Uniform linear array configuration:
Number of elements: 4
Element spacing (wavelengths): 0.5
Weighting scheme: binomial
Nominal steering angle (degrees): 60
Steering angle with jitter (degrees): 60.867
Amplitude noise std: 0.05
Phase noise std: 0.05

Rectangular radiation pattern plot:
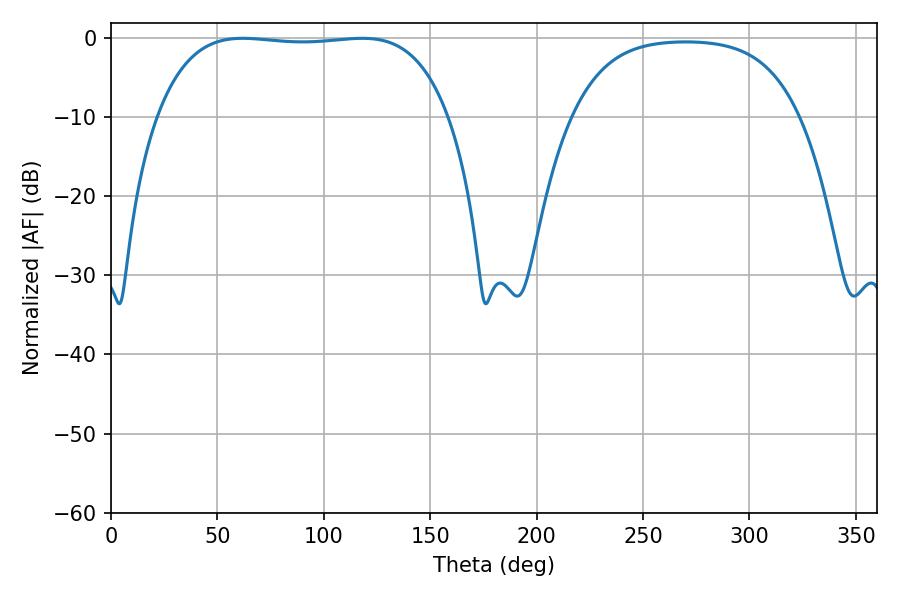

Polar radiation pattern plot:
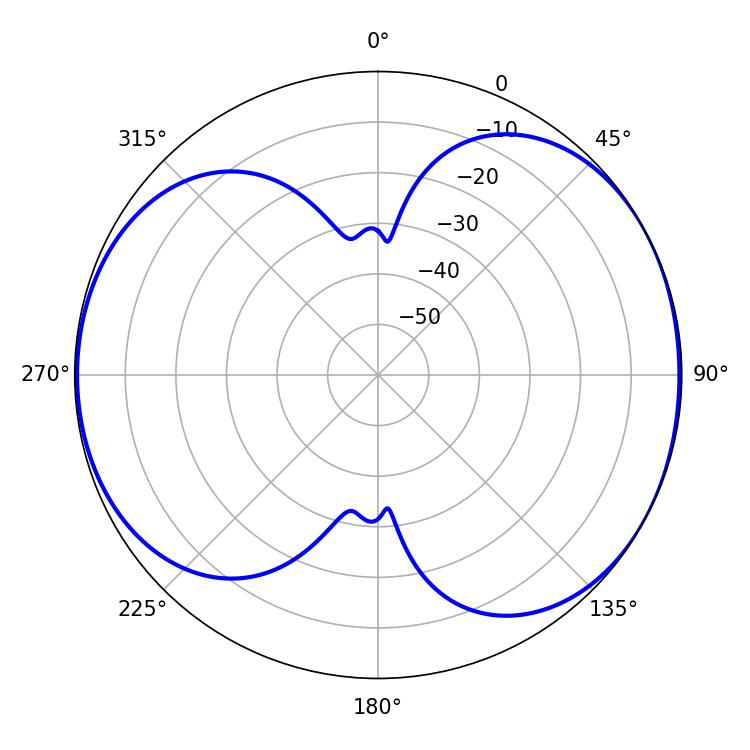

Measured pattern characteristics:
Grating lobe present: FALSE
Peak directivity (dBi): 6.026
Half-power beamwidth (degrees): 108
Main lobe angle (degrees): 61.92